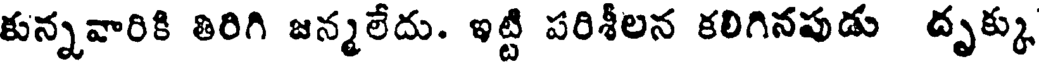
కున్నవారికి తిరిగి జన్మలేదు. ఇట్టి పరిశీలన కలిగినపుడు దృక్కు